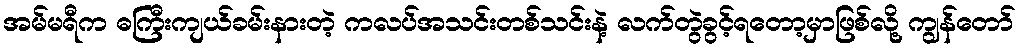
အမ်မရီက ဓကြီးကျယ်ခမ်းနားတဲ့ ကလပ်အသင်းတစ်သင်းနဲ့ လက်တွဲခွင့်ရတော့မှာဖြစ်လို့ ကျွန်တော်